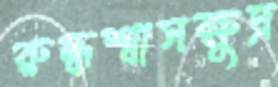
রুদ্ধশ্বাসক্ষুদ্র